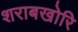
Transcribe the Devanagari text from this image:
शराबखोरि